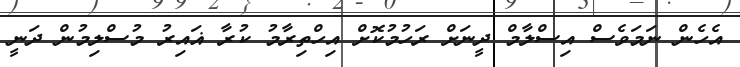
އެހެން ނަމަވެސް އިސްލާމް ދީނަށް ރަހުމުކޮށް އިހްތިރާމު ކުރާ ޣައިރު މުސްލިމުން ދަނީ